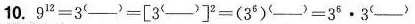
10.$$9 ^ { 1 2 } = 3 ^ { ( ___ ) } = [ 3 ^ { ( ___ ) } ] ^ { 2 } = ( 3 ^ { 6 } ) ^ { ( ___ ) } = 3 ^ { 6 } \cdot 3 ^ { ( ___ ) }$$